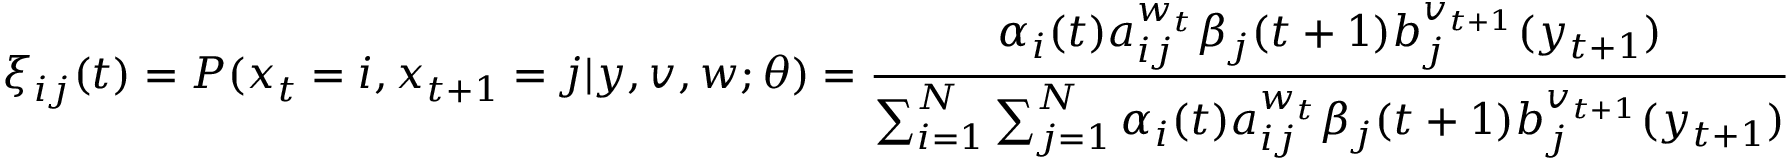
\xi _ { i j } ( t ) = P ( x _ { t } = i , x _ { t + 1 } = j | y , v , w ; \theta ) = { \frac { \alpha _ { i } ( t ) a _ { i j } ^ { w _ { t } } \beta _ { j } ( t + 1 ) b _ { j } ^ { v _ { t + 1 } } ( y _ { t + 1 } ) } { \sum _ { i = 1 } ^ { N } \sum _ { j = 1 } ^ { N } \alpha _ { i } ( t ) a _ { i j } ^ { w _ { t } } \beta _ { j } ( t + 1 ) b _ { j } ^ { v _ { t + 1 } } ( y _ { t + 1 } ) } }